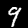
Label: 9